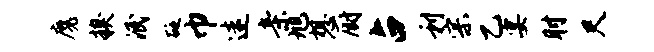
魔糗泯砭巾迷亲旭想厨占利宗乙宴肘尺